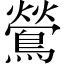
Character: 鶯